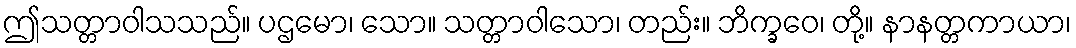
ဤသတ္တာဝါသသည်။ ပဌမော၊ သော။ သတ္တာဝါသော၊ တည်း။ ဘိက္ခဝေ၊ တို့။ နာနတ္တကာယာ၊